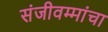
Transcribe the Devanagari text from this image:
संजीवम्मांचा